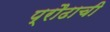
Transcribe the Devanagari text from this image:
प्रौढाची